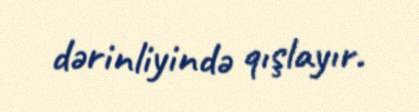
dərinliyində qışlayır.